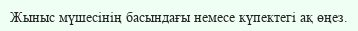
Жыныс мүшесінің басындағы немесе күпектегі ақ өңез.